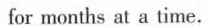
for months at a time.